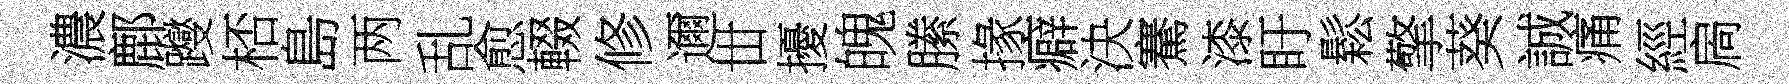
濃鄜躞桮島两乱愈輟修邇丗擾魄縢掾癖決騫漆盱鬆擎葵誠痛經扄